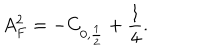
A _ { F } ^ { 2 } = - C _ { 0 , \frac { 1 } { 2 } } + \frac { 1 } { 4 } .